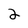
Character: 2